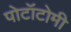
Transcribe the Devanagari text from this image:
पोटॉटोमी